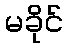
မခိုင်